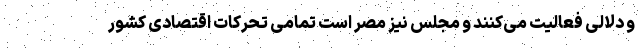
و دلالی فعالیت می‌کنند و مجلس نیز مصر است تمامی تحرکات اقتصادی کشور